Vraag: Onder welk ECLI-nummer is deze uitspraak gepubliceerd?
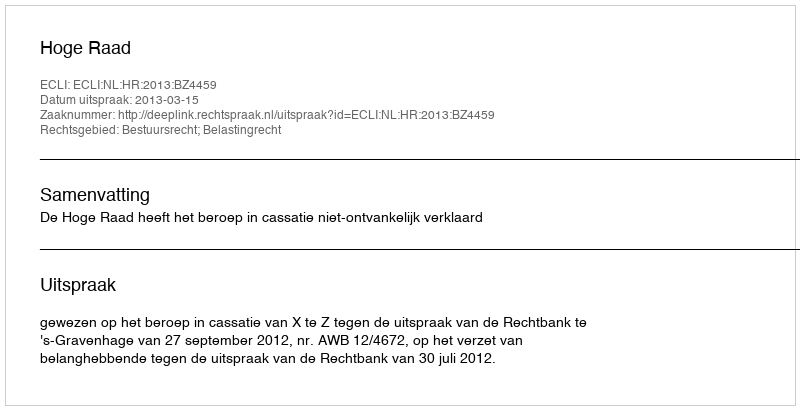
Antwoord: ECLI:NL:HR:2013:BZ4459